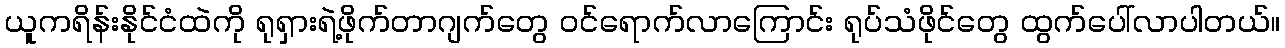
ယူကရိန်းနိုင်ငံထဲကို ရုရှားရဲ့ဖိုက်တာဂျက်တွေ ဝင်ရောက်လာကြောင်း ရုပ်သံဖိုင်တွေ ထွက်ပေါ်လာပါတယ်။